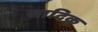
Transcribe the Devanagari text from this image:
सादिक्